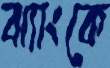
ঝ্যাংকে